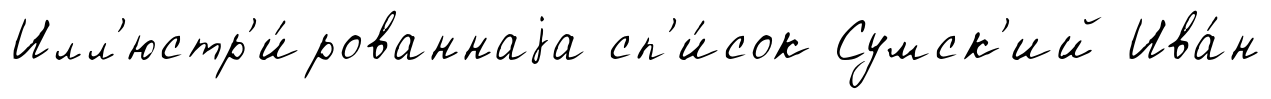
Илл'юстр'и́рованнаjа сп'и́сок Сумск'ий Ива́н